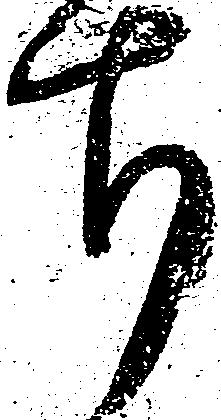
ち